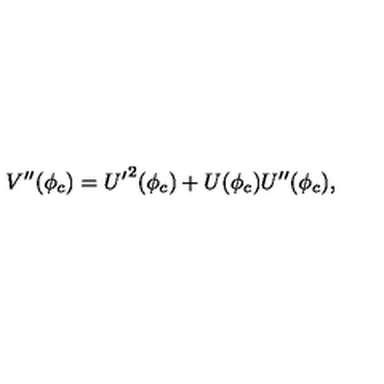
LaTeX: V ^ { \prime \prime } ( \phi _ { c } ) = { U ^ { \prime } } ^ { 2 } ( \phi _ { c } ) + U ( \phi _ { c } ) U ^ { \prime \prime } ( \phi _ { c } ) ,